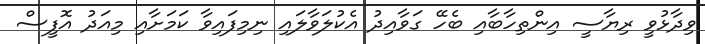
ވިދާޅުވީ ރިޔާސީ އިންތިހާބާއި ބެހޭ ގަވާއިދު އެކުލަވާލައި ނިމިފައިވާ ކަމަށާއި މިއަދު އޮފީސް